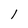
Character: 1